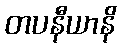
တပနီယာနိ